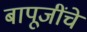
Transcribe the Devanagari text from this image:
बापूजींचे